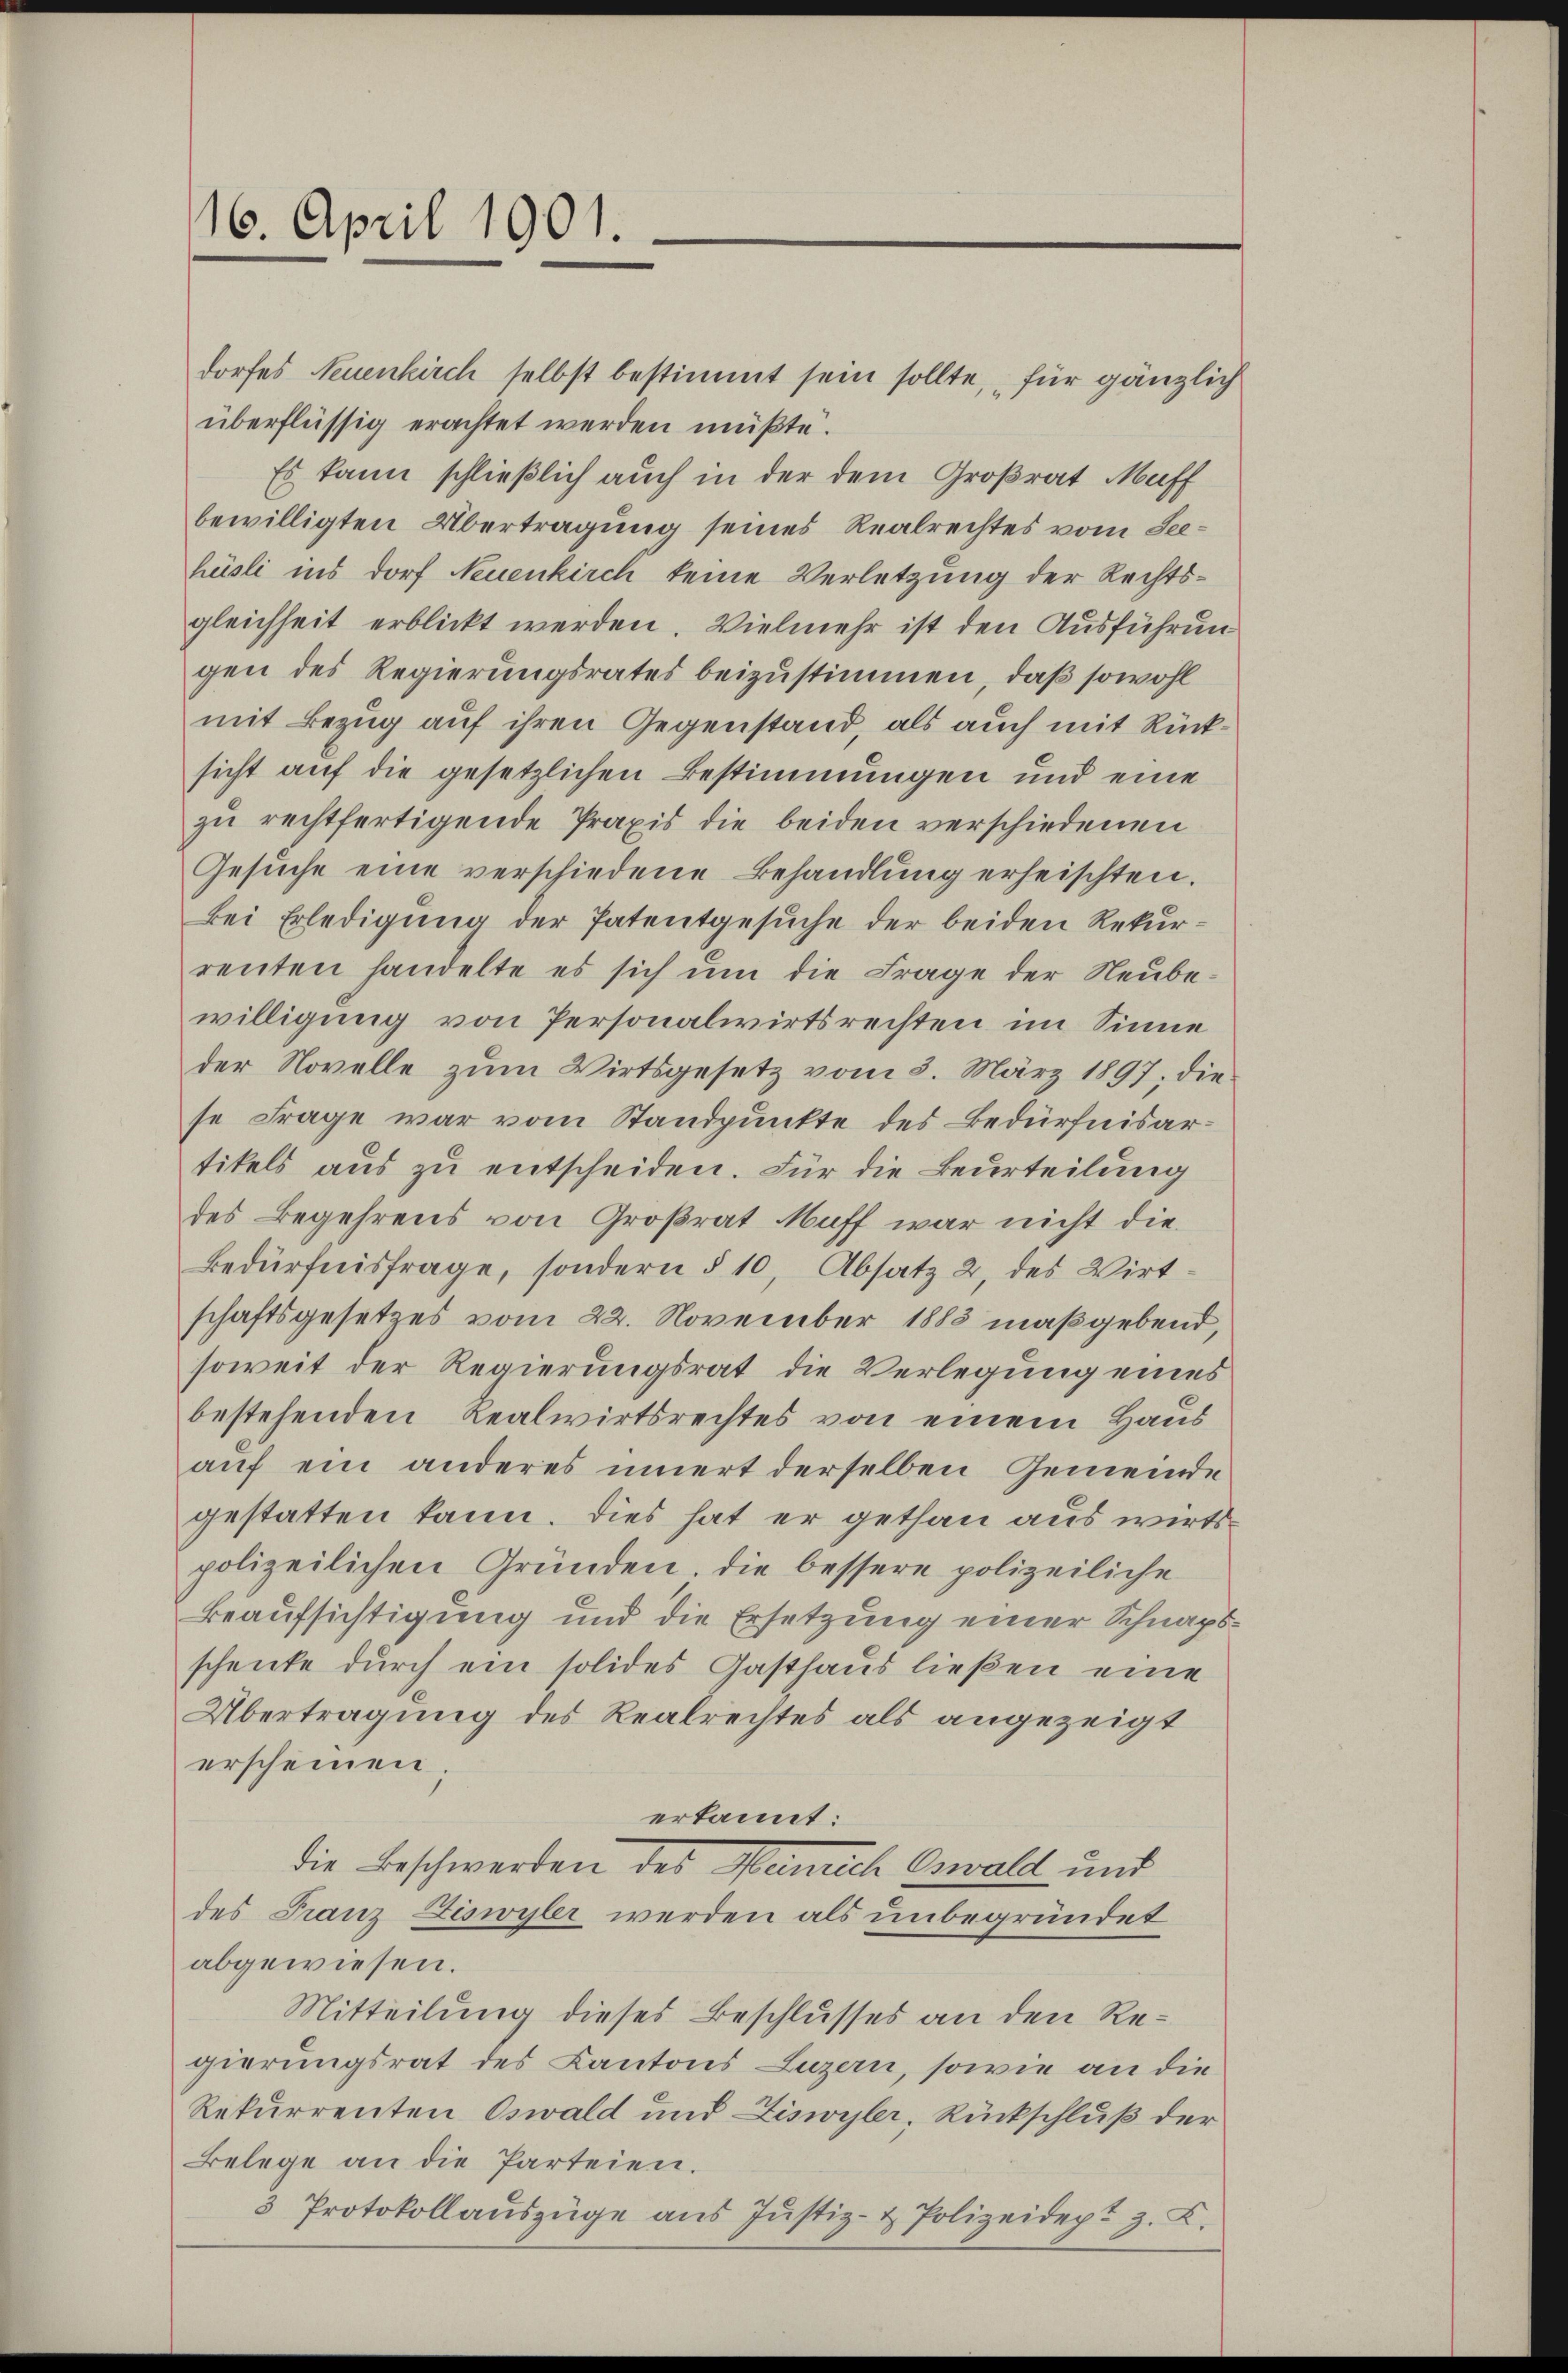
16. April 1901

dorfes Neuenkirch selbst bestimmt sein sollte, für gänzlich
überflüssig erachtet werden müßte.
Es kann schließlich auch in der dem Großrat Muff
bewilligten Übertragung seines Realrechtes vom Seehüsli ins Dorf Neuenkirch keine Verletzung der Rechtsgleichheit erblickt werden. Vielmehr ist den Ausführun
gen des Regierungsrates beizustimmen, daß sowohl
mit Bezug auf ihren Gegenstand als auch mit Rücksicht auf die gesetzlichen Bestimmungen und eine
zu rechtfertigende Praxis die beiden verschiedenen
Gesuche eine verschiedene Behandlung erheischten.
Bei Erledigung der Patentgesuche der beiden Rekurrenten handelte es sich ŭm die Frage der Neŭbe-
willigung von Personalwirtsrechten im Sinne
der Novelle zum Wirtsgesetz vom 3. März 1897, die
se Frage war vom Standpunkte des Bedürfnisartikels aus zu entscheiden. Für die Beurteilung
des Begehrens von Großrat Muff war nicht die¬
Bedürfnisfrage, sondern § 10, Absatz 2, des Wirt-
schaftsgesetzes vom 22. November 1888 maßgebend,
soweit der Regierungsrat die Verlegung eines
bestehenden Realwirtsrechtes von einem Haus
auf ein anderes innert derselben Gemeinde
gestatten kann. Dies hat er gethan aus wirts
polizeilichen Gründen, die bessere polizeiliche
Beaufsichtigung und die Ersetzung einer Schnapsschenke durch ein solides Gasthaus ließen eine
Übertragung des Realrechtes als angezeigt
erscheinen.
erkannt:
die Beschwerden des Heinrich Oswald und
des Franz Diswyler werden als unbegründet
abgewiesen.
Mitteilung dieses Beschlusses an den Regierungsrat des Kantons Luzern, sowie an die
Rekurrenten Oswald und Ziswyler, Rückschluß der
Belege an die Parteien.
3 Protokollaŭszüge ans Jŭstiz- & Polizeidept z. B.